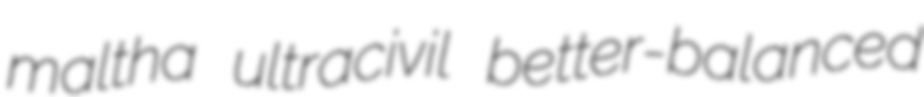
maltha ultracivil better-balanced